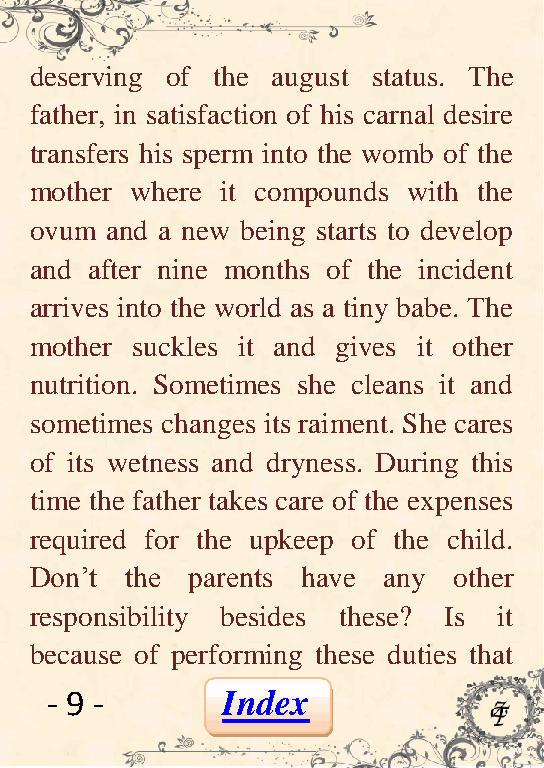
deserving of the august status. The
 father, in satisfaction of his carnal desire
 transfers his sperm into the womb of the
 mother where it compounds with the
 ovum and a new being starts to develop
 and after nine months of the incident
 arrives into the world as a tiny babe. The
 mother suckles it and gives it other
 nutrition. Sometimes she cleans it and
 sometimes changes its raiment. She cares
 of its wetness and dryness. During this
 time the father takes care of the expenses
 required for the upkeep of the child.
 Don’t the  parents have any other
 responsibility besides these? Is it
 because of performing these duties that
 - 9 -       Index